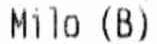
MILO (B)